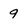
Character: 9